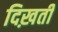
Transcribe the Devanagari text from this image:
दिख़ती